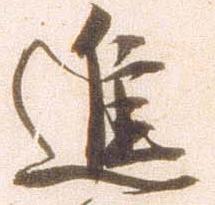
進